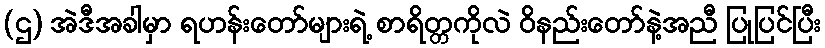
(ဌ) အဲဒီအခါမှာ ရဟန်းတော်များရဲ့ စာရိတ္တကိုလဲ ဝိနည်းတော်နဲ့အညီ ပြုပြင်ပြီး